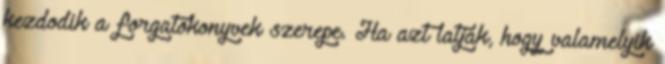
kezdodik a forgatokonyvek szerepe. Ha azt latjak, hogy valamelyik